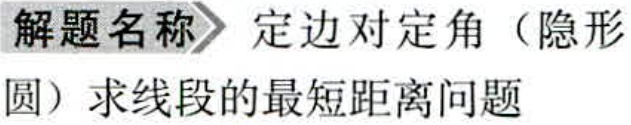
解题名称 定边对定角（隐形圆）求线段的最短距离问题